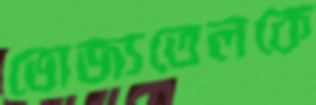
ভোজ্যতেলকে